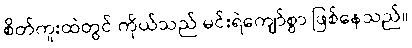
စိတ်ကူးထဲတွင် ကိုယ်သည် မင်းရဲကျော်စွာ ဖြစ်နေသည်။